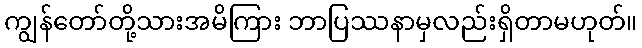
ကျွန်တော်တို့သားအမိကြား ဘာပြဿနာမှလည်းရှိတာမဟုတ်။